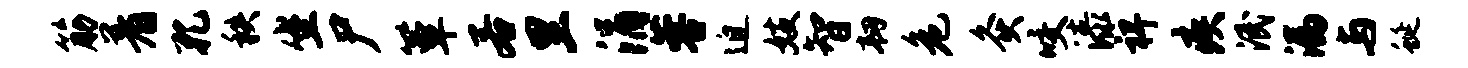
筋着孔秩坐尸簟若里涓蓉迫妓智韧危灸咬漆裨疾泯漏与蜒